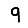
Digit: 9